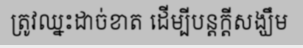
ត្រូវឈ្នះដាច់ខាត ដើម្បីបន្តក្តីសង្ឃឹម